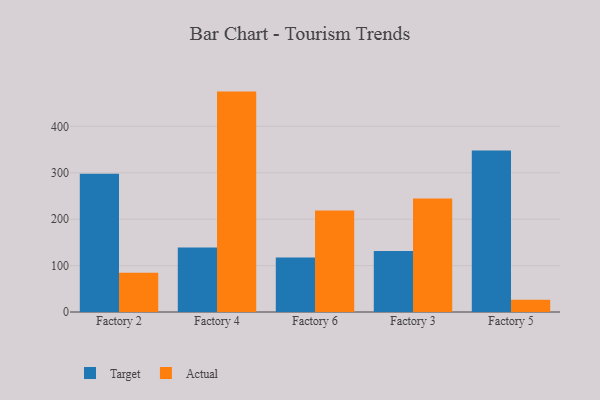
{"axis": {"x": "Factory", "y": "Customer Acquisition Cost (USD)"}, "legend": ["Actual", "Target"], "data": [{"x": "Factory 2", "y": 297.8, "type": "Target"}, {"x": "Factory 2", "y": 84.6, "type": "Actual"}, {"x": "Factory 4", "y": 138.9, "type": "Target"}, {"x": "Factory 4", "y": 474.9, "type": "Actual"}, {"x": "Factory 6", "y": 117.3, "type": "Target"}, {"x": "Factory 6", "y": 218.5, "type": "Actual"}, {"x": "Factory 3", "y": 131.2, "type": "Target"}, {"x": "Factory 3", "y": 244.5, "type": "Actual"}, {"x": "Factory 5", "y": 348.1, "type": "Target"}, {"x": "Factory 5", "y": 26.2, "type": "Actual"}]}